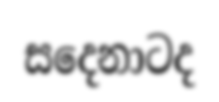
සදෙනාටද